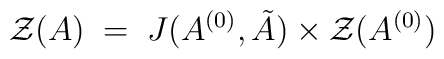
{\cal Z}(A) \;=\;   J(A^{(0)},{\tilde A})   \times  {\cal Z} (A^{(0)})